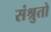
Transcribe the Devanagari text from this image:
संश्रुतो